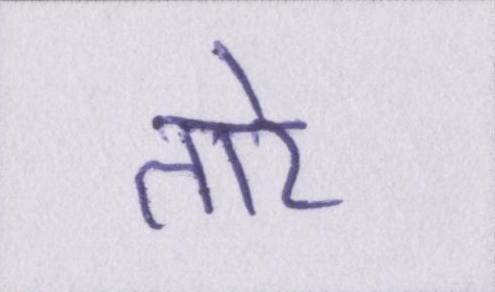
तारे